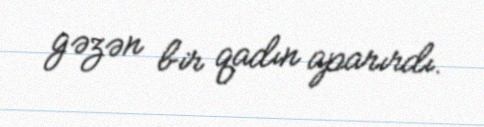
gəzən bir qadın aparırdı.